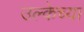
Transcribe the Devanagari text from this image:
उल्केच्या